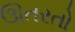
ઊતરતો